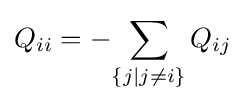
Q_{ii}=-{\sum _{\lbrace j\mid j\neq i\rbrace }Q_{ij}}